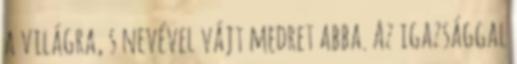
a világra, s nevével vájt medret abba. Az igazsággal